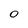
Character: 0